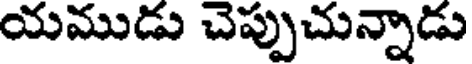
యముడు చెప్పుచున్నాడు